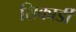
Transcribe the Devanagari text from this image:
सिकार्डी